Indian journal of veterinary science and animal husbandry - Volume 4,
Year: 1934
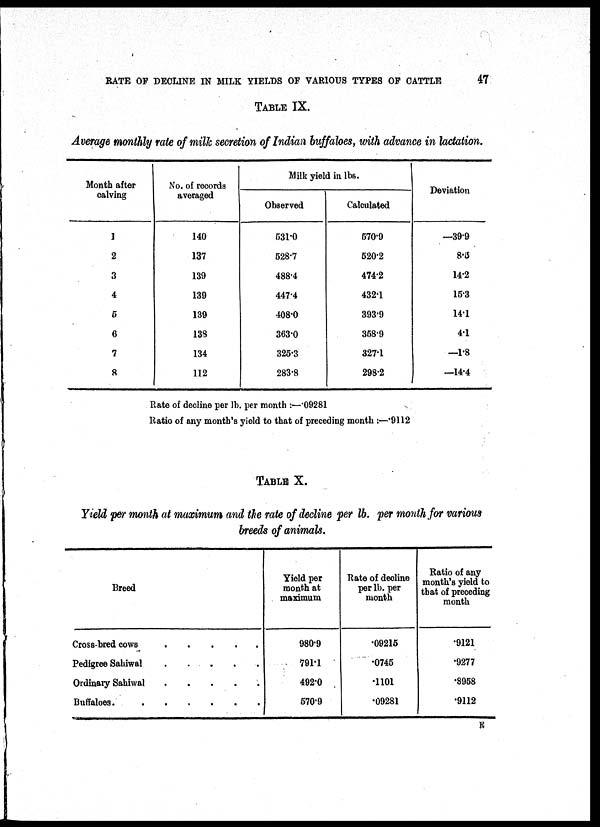
RATE OF DECLINE IN MILK YIELDS OF VARIOUS TYPES OF CATTLE
47
TABLE IX.
Average monthly rate of milk secretion of Indian buffaloes, with advance in lactation.
Month after
calving
1
2
3
4
5
6
7
8
No. of records
averaged
140
137
139
139
139
138
134
112
Milk yield in lbs.
Observed
531.0
528.7
488.4
447.4
408.0
363.0
325.3
283.8
Calculated
570.9
520.2
474.2
432.1
393.9
358.9
327.1
298.2
Deviation
—39.9
8.5
14.2
15.3
14.1
4.1
—1.8
—14.4
Rate of decline per lb. per month :—.09281
Ratio of any month's yield to that of preceding month :—.9112
TABLE X.
Yield per month at maximum and the rate of decline per lb. per month for various
breeds of animals.
Breed
Cross-bred cows
.
.
.
.
.
Pedigree Sahiwal
.
.
.
.
.
Ordinary Sahiwal
.
.
.
.
.
Buffaloes
.
.
.
.
.
.
.
Yield per
month at
maximum
980.9
791.1
492.0
570.9
Rate of decline
per lb. per
month
.09215
.0745
.1101
.09281
Ratio of any
month's yield to
that of preceding
month
.9121
.9277
.8958
.9112
E